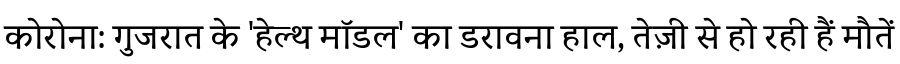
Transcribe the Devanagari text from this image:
कोरोना: गुजरात के 'हेल्थ मॉडल' का डरावना हाल, तेज़ी से हो रही हैं मौतें